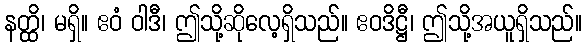
နတ္ထိ၊ မရှိ။ ဧဝံ ဝါဒီ၊ ဤသို့ဆိုလေ့ရှိသည်။ ဧဝဒိဋ္ဌီ၊ ဤသို့အယူရှိသည်။